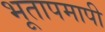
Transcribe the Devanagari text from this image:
भूतापमापी